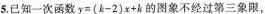
5.已知一次函数$$y=(k-2)x+k$$的图象不经过第三象限，